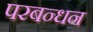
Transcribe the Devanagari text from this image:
परबन्धन